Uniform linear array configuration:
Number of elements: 16
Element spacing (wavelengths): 1
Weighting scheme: uniform
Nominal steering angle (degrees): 0
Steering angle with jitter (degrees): -0.04045
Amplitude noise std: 0.05
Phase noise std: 0.05

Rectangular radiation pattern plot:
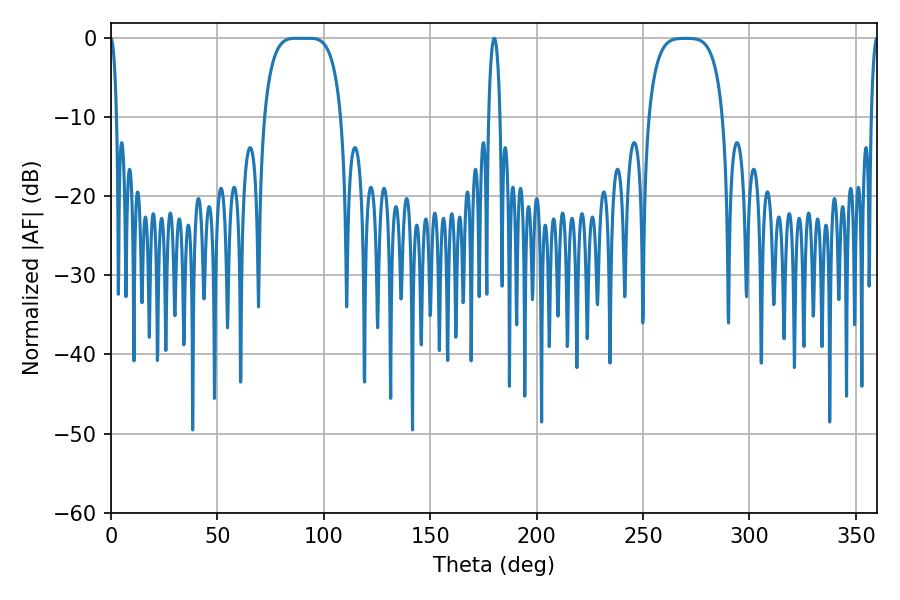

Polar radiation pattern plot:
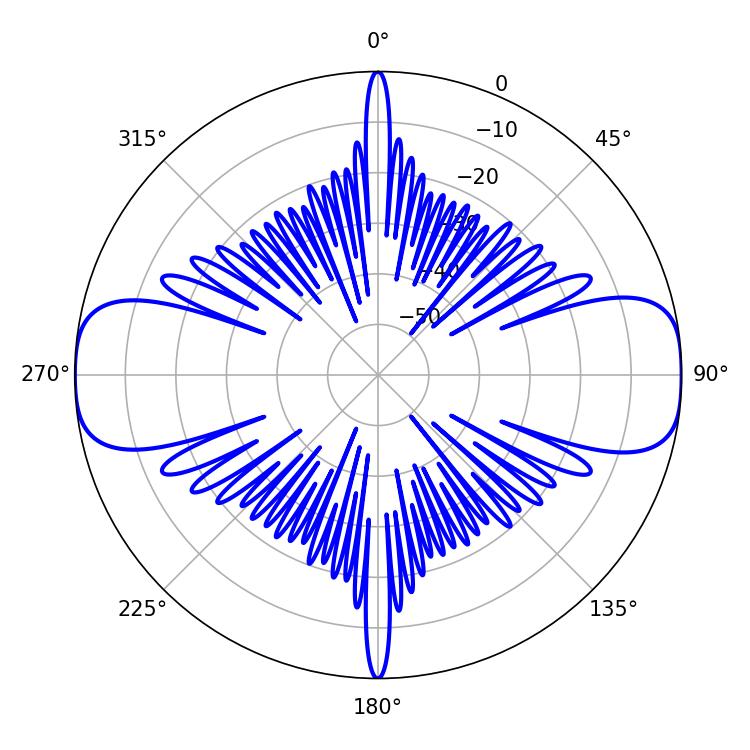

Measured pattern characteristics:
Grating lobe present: TRUE
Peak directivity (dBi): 18.594
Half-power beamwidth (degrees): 27.72
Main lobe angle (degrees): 86.76